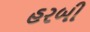
હરબી